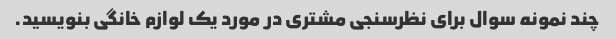
چند نمونه سوال برای نظرسنجی مشتری در مورد یک لوازم خانگی بنویسید.